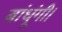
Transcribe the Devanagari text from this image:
बांधूंगी।